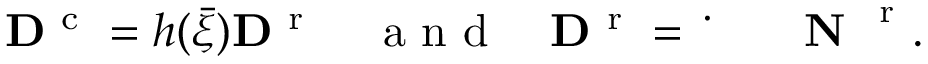
{ \bf D } ^ { \mathrm { ~ c ~ } } = h ( \bar { \xi } ) { \bf D } ^ { \mathrm { ~ r ~ } } \quad \mathrm { ~ a ~ n ~ d ~ } \quad { \bf D } ^ { \mathrm { ~ r ~ } } = \mathrm { ~ \dot { ~ } { ~ \xi ~ } ~ } \textbf { N } ^ { \mathrm { ~ r ~ } } .